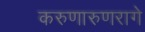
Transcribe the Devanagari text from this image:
करुणारुणरागे